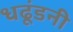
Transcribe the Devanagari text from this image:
धढूंडनी